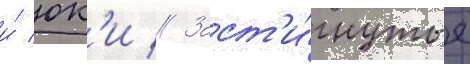
и́ юк'и // Заст'и́гнутые